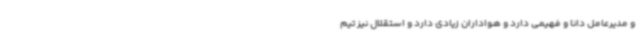
و مدیرعامل دانا و فهیمی دارد و هواداران زیادی دارد و استقلال نیز تیم